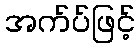
အက်ပ်ဖြင့်